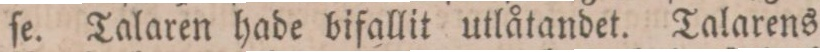
ſe. Talaren hade bifallit utlåtandet. Talarens